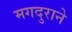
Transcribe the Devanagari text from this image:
मगदुराने